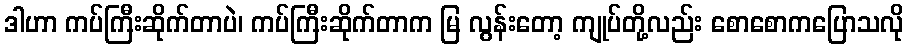
ဒါဟာ ကပ်ကြီးဆိုက်တာပဲ၊ ကပ်ကြီးဆိုက်တာက မြ လွန်းတော့ ကျုပ်တို့လည်း စောစောကပြောသလို